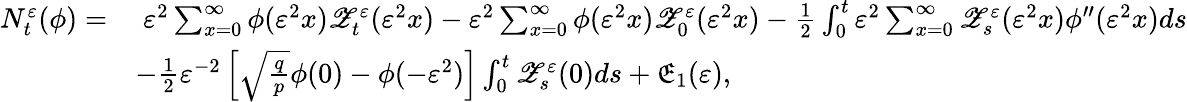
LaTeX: \begin{array}{rl}{N_{t}^{\varepsilon}(\phi)=}&{\; \varepsilon^{2}\sum_{x=0}^{\infty}\phi(\varepsilon^{2}x)\mathscr{Z}_{t}^{\varepsilon}(\varepsilon^{2}x)-\varepsilon^{2}\sum_{x=0}^{\infty}\phi(\varepsilon^{2}x)\mathscr{Z}_{0}^{\varepsilon}(\varepsilon^{2}x)-\frac{1}{2}\int_{0}^{t}\varepsilon^{2}\sum_{x=0}^{\infty}\mathscr{Z}_{s}^{\varepsilon}(\varepsilon^{2}x)\phi^{\prime\prime}(\varepsilon^{2}x)ds}\\ &{-\frac{1}{2}\varepsilon^{-2}\left[\sqrt{\frac{q}{p}}\phi(0)-\phi(-\varepsilon^{2})\right]\int_{0}^{t}\mathscr{Z}_{s}^{\varepsilon}(0)ds+\mathfrak{E}_{1}(\varepsilon),}\end{array}